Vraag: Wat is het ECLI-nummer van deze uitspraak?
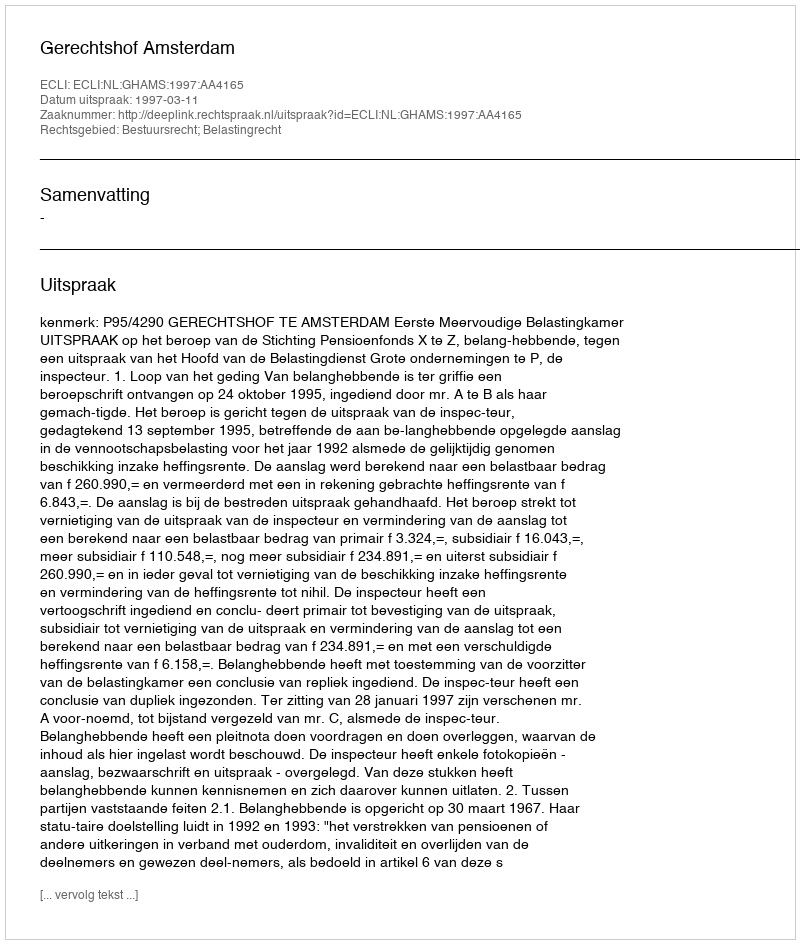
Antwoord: ECLI:NL:GHAMS:1997:AA4165